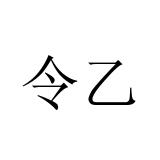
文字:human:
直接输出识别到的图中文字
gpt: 令乙